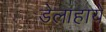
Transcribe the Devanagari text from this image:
डेलाहाये